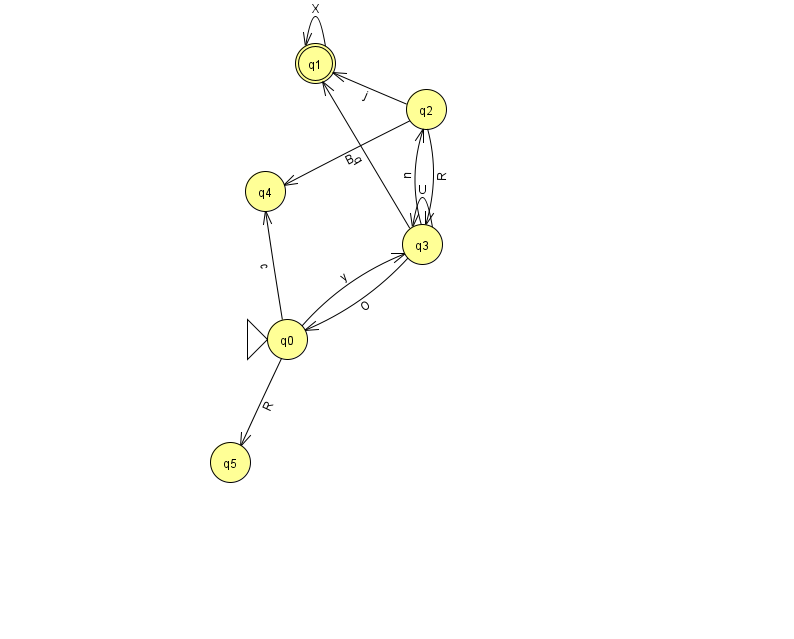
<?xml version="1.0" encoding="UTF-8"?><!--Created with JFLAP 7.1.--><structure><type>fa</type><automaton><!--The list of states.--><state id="0" name="q0"><x>287.0</x><y>326.0</y><initial/></state><state id="1" name="q1"><x>315.0</x><y>50.0</y><final/></state><state id="2" name="q2"><x>426.0</x><y>96.0</y></state><state id="3" name="q3"><x>422.0</x><y>231.0</y></state><state id="4" name="q4"><x>265.0</x><y>178.0</y></state><state id="5" name="q5"><x>230.0</x><y>449.0</y></state><!--The list of transitions.--><transition><from>2</from><to>3</to><read>R</read></transition><transition><from>3</from><to>0</to><read>O</read></transition><transition><from>0</from><to>5</to><read>R</read></transition><transition><from>0</from><to>3</to><read>y</read></transition><transition><from>2</from><to>4</to><read>B</read></transition><transition><from>3</from><to>3</to><read>U</read></transition><transition><from>2</from><to>1</to><read>j</read></transition><transition><from>1</from><to>1</to><read>X</read></transition><transition><from>0</from><to>4</to><read>c</read></transition><transition><from>3</from><to>2</to><read>n</read></transition><transition><from>3</from><to>1</to><read>q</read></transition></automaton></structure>